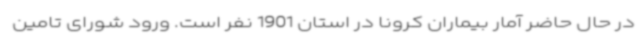
در حال حاضر آمار بیماران کرونا در استان 1901 نفر است. ورود شورای تامین